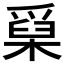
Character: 𤔥